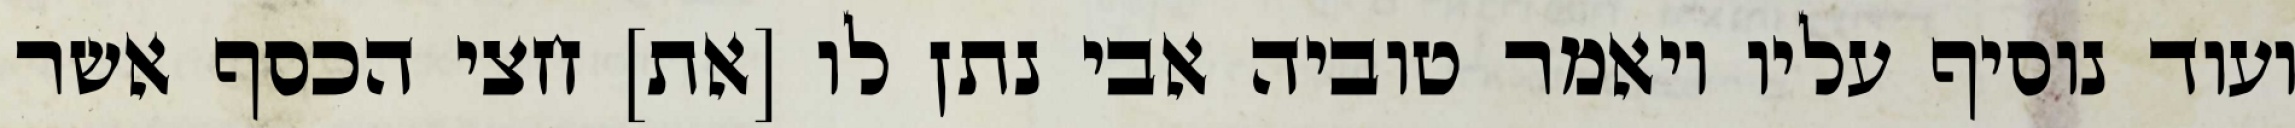
ועוד נוסיף עליו ויאמר טוביה אבי נתן לו [את] חצי הכסף אשר